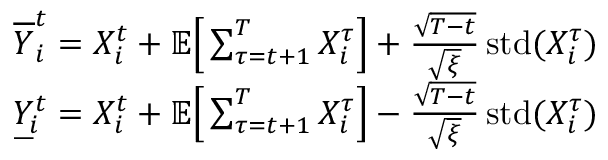
\begin{array} { r l } & { \overline { { Y } } _ { i } ^ { t } = X _ { i } ^ { t } + \mathbb { E } \Big [ \sum _ { \tau = t + 1 } ^ { T } X _ { i } ^ { \tau } \Big ] + \frac { \sqrt { T - t } } { \sqrt { \xi } } \operatorname { s t d } ( X _ { i } ^ { \tau } ) } \\ & { \underbar { Y } _ { i } ^ { t } = X _ { i } ^ { t } + \mathbb { E } \Big [ \sum _ { \tau = t + 1 } ^ { T } X _ { i } ^ { \tau } \Big ] - \frac { \sqrt { T - t } } { \sqrt { \xi } } \operatorname { s t d } ( X _ { i } ^ { \tau } ) } \end{array}